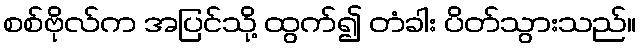
စစ်ဗိုလ်က အပြင်သို့ ထွက်၍ တံခါး ပိတ်သွားသည်။